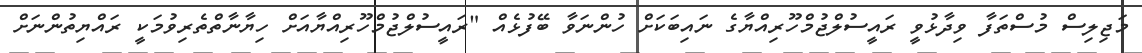
މަޖިލިސް މުސްތަފާ ވިދާޅުވީ ރައީސުލްޖުމްހޫރިއްޔާގެ ނައިބަކަށް ހުންނަވާ ބޭފުޅެއް "ރައީސުލްޖުމްހޫރިއްޔާއަށް ހިޔާނާތްތެރިވުމަކީ ރައްޔިތުންނަށް